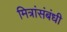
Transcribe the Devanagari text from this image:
मित्रांसंबंधी